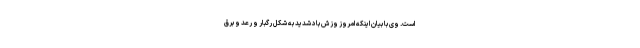
است. وی با بیان اینکه امروز وزش باد شدید به شکل رگبار و رعد و برق